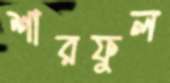
শারফুল